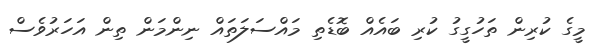
މީގެ ކުރިން ތަހުގީގު ކުރި ބައެއް ބޮޑެތި މައްސަލަތައް ނިންމަން ތިން އަހަރުވެސް